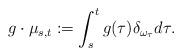
LaTeX: \begin{align*}g\cdot\mu_{s,t} := \int_s^t g(\tau)\delta_{\omega_{\tau}}d \tau.\end{align*}